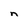
Character: n